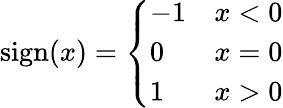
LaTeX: \mathrm{sign}(x)=\left\{ \begin{array}{ll}{-1}&{x<0}\\ {0}&{x=0}\\ {1}&{x>0}\end{array}\right.